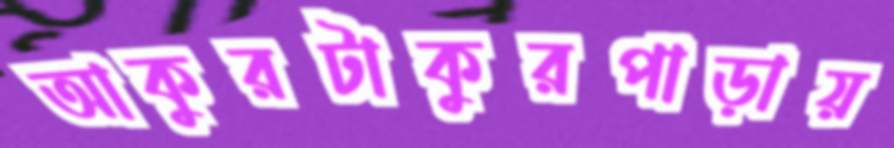
আকুরটাকুরপাড়ায়